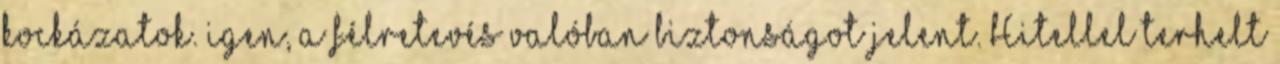
kockázatok. igen, a félretevés valóban biztonságot jelent. Hitellel terhelt